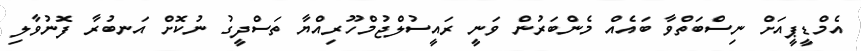
އެމްޑީޕީއަށް ނިސްބަތްވާ ބައެއް މެންބަރުން ވަނީ ރައީސުލްޖުމްހޫރިއްޔާ ތަސްދީގު ނުކޮށް އަނބުރާ ފޮނުވާލި